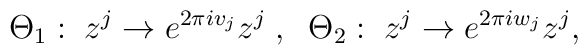
\Theta_1 :\; z^j \rightarrow e^{2\pi iv_j}z^j \; ,\;\; \Theta_2:\; z^j\rightarrow e^{2\pi iw_j}z^j ,